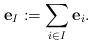
LaTeX: \begin{align*}\mathbf{e}_I:=\sum_{i \in I} \mathbf{e}_i.\end{align*}